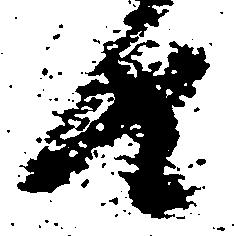
由